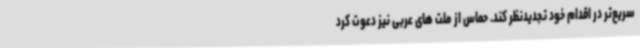
سریع‌تر در اقدام خود تجدیدنظر کند. حماس از ملت های عربی نیز دعوت کرد